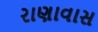
રાણાવાસ